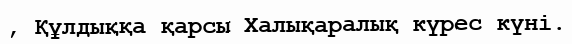
, Құлдыққа қарсы Халықаралық күрес күні.